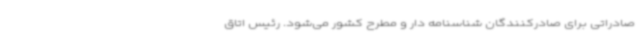
صادراتی برای صادرکنندگان شناسنامه دار و مطرح کشور می‌شود. رئیس اتاق